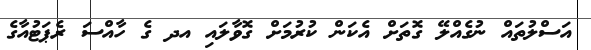
އަސްލުތައް ނުގެއްލޭ ގޮތަށް އެކަން ކުރުމަށް ގޮވާލައި އދ ގެ ހާއްސަ ރެޕަޓުއާގެ